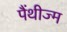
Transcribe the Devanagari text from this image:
पैंथीज्म